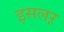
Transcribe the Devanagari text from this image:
इसलऱ़